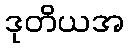
ဒုတိယအ